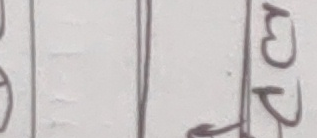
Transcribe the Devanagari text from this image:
३२